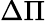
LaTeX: \Delta\Pi